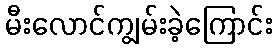
မီးလောင်ကျွမ်းခဲ့ကြောင်း